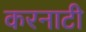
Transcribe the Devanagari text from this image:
करनाटी